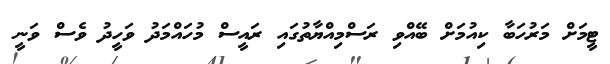
ޓީމަށް މަރުހަބާ ކިއުމަށް ބޭއްވި ރަސްމިއްޔާތުގައި ރައީސް މުހައްމަދު ވަހީދު ވެސް ވަނީ